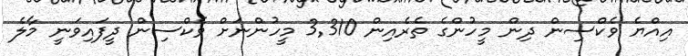
އިއްޔެ ވެކްސިން ދިން މީހުންގެ ތެރެއިން 3